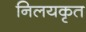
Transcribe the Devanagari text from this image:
निलयकृत